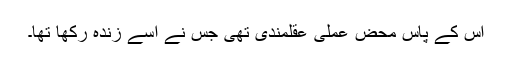
اس کے پاس محض عملی عقلمندی تھی جس نے اسے زندہ رکھا تھا۔